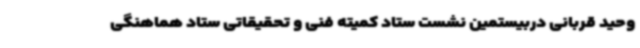
وحید قربانی دربیستمین نشست ستاد کمیته فنی و تحقیقاتی ستاد هماهنگی